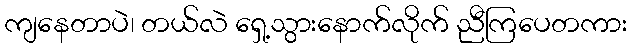
ကျနေတာပဲ၊ တယ်လဲ ရှေ့သွားနောက်လိုက် ညီကြပေတကား